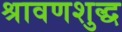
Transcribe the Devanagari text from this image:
श्रावणशुद्ध